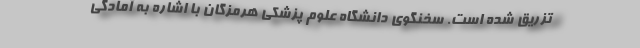
تزریق شده است. سخنگوی دانشگاه علوم پزشکی هرمزگان با اشاره به آمادگی